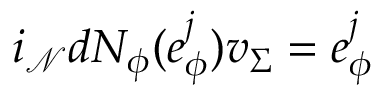
i _ { \mathcal { N } } d N _ { \phi } ( e _ { \phi } ^ { j } ) v _ { \Sigma } = e _ { \phi } ^ { j }